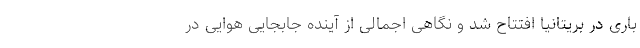
باری در بریتانیا افتتاح شد و نگاهی اجمالی از آینده جابجایی هوایی در